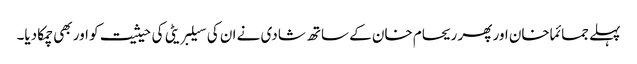
پہلے جمائما خان اور پھر ریحام خان کے ساتھ شادی نے ان کی سیلبریٹی کی حیثیت کو اور بھی چمکا دیا۔